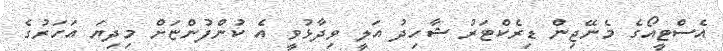
އެސްޓީއޯގެ މެނޭޖިން ޑިރެކްޓަރު ޝާހިދު އަލީ ވިދާޅުވީ އެ ކުންފުންޏަށް މިދިޔަ އަހަރުގެ